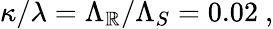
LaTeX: \kappa/\lambda=\Lambda_{\mathbb{R}}/\Lambda_{S}=0.02\ ,